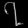
Digit: ၇